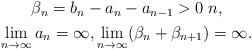
\begin{align*} \begin{gathered} \beta_n=b_n-a_n-a_{n-1}>0 \; n, \\ \lim_{n\to\infty}a_n=\infty, \lim_{n\to\infty}(\beta_n+\beta_{n+1})=\infty. \end{gathered} \end{align*}